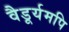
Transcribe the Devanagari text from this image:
वैडूर्यमपि